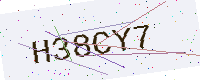
Text: H38CY7